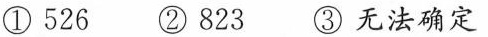
①526 ②823 ③无法确定